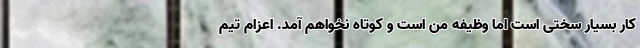
کار بسیار سختی است اما وظیفه من است و کوتاه نخواهم آمد. اعزام تیم